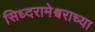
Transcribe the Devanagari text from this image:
सिध्दरामेश्वराच्या